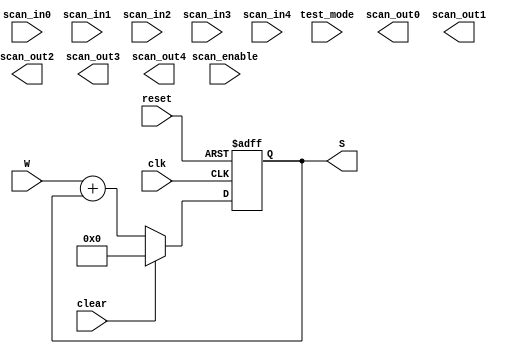
module ACCUM (
  input             reset,       // system reset
  input             clk,         // system clock
  input             clear,       // control signal to clear ACCUM for each channel
  input             scan_in0,    // test scan mode data input
  input             scan_in1,    // test scan mode data input
  input             scan_in2,    // test scan mode data input
  input             scan_in3,    // test scan mode data input
  input             scan_in4,    // test scan mode data input
  input             scan_enable, // test scan mode enable
  input             test_mode,   // test mode
  input      [15:0] W,
  output reg [15:0] S,
  output            scan_out0,   // test scan mode data output
  output            scan_out1,   // test scan mode data output
  output            scan_out2,   // test scan mode data output
  output            scan_out3,   // test scan mode data output
  output            scan_out4    // test scan mode data output
);

  always@(posedge clk, posedge reset)begin
    if(reset)
      S <= 0;
    else if(clear)
      S <= 0;
    else
      S <= W + S;
  end

endmodule